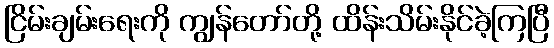
ငြိမ်းချမ်းရေးကို ကျွန်တော်တို့ ထိန်းသိမ်းနိုင်ခဲ့ကြပြီ